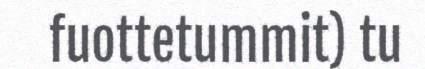
fuottetummit) tu